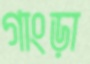
গাংড়া